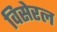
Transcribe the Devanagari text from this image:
विसेरल